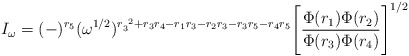
\begin{align*}I_{\omega}=(-)^{r_5}(\omega^{1/2})^{r^{~2}_3+r_3r_4-r_1r_3-r_2r_3-r_3r_5-r_4r_5}\Bigg[\frac{\Phi(r_1)\Phi(r_2)}{\Phi(r_3)\Phi(r_4)}\Bigg]^{1/2}\end{align*}